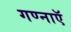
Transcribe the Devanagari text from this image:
गण्नाऍ